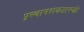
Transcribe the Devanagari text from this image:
प्रस्थानशकटारूढो